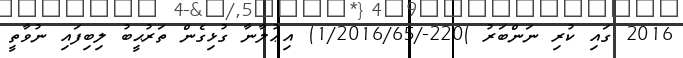
2016 ގައި ކުރި ނަންބަރު )220-/1/2016/65) އިޢުލާނާ ގުޅިގެން ތަރުޙީބު ލިބިފައި ނުވާތީ